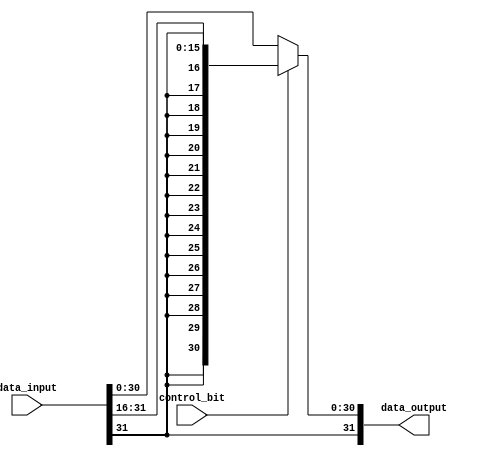
module my_16bit_rightshifter(data_input, control_bit, data_output);

	input [31:0] data_input;
	input control_bit;
	
	wire [31:0] shifted;
	
	output [31:0] data_output;
	
	
	genvar k;
	generate
	for(k = 0; k < 16; k = k+1) begin: my16RightShiftLoop
		assign shifted[k] = data_input[k+16];
    end
	endgenerate
    
    genvar j;
	generate
	for(j = 16; j < 32; j = j+1) begin: my16RightShiftLoop2
		assign shifted[j] = data_input[31];
    end
	endgenerate
	
	assign data_output = control_bit ? shifted : data_input;
	
	
	
endmodule